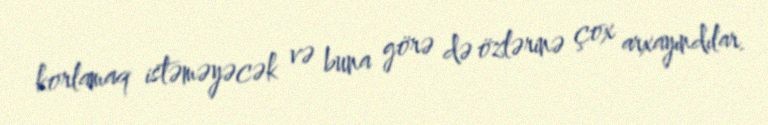
korlamaq istəməyəcək və buna görə də özlərinə çox arxayındılar.